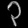
Digit: ၃